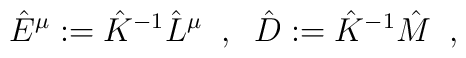
\hat{E}^{\mu}:=\hat{K}^{-1} \hat{L}^{\mu}\;\;,\;\;\hat{D}:=\hat{K}^{-1}\hat{M}\;\;,